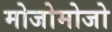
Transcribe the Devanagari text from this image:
मोजोमोजो